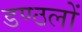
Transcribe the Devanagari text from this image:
डण्ठलों